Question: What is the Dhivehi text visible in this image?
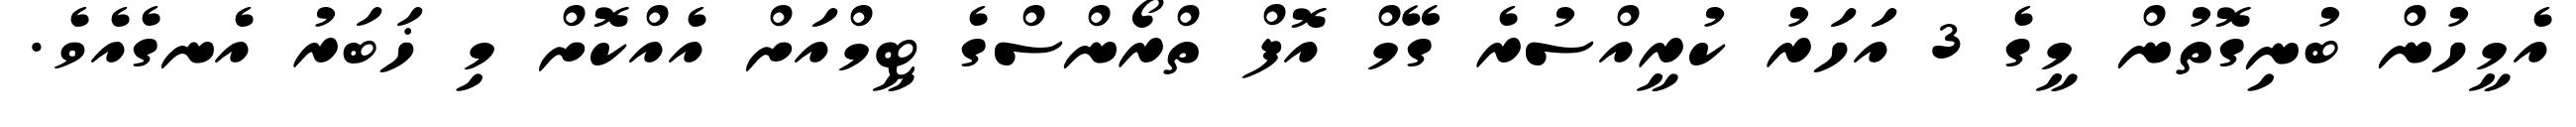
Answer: އެމީހުން ބުނިގޮތުން މީގެ 3 އަހަރު ކުރީއްސުރެ ގޭމް އޮފް ތްރޯންސްގެ ޓީމްއަށް އެއްކޮށް މި ޚަބަރު އެނގެއެވެ.